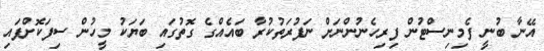
އޭނާ ބުނީ ފެމިނިސްޓުން ފިރިހެނުންނަށް ނަފުރަތުކުރާ ބައެއްގެ ގޮތުގައި ބަޔަކު މީހުން ސިފަކޮށްފައި